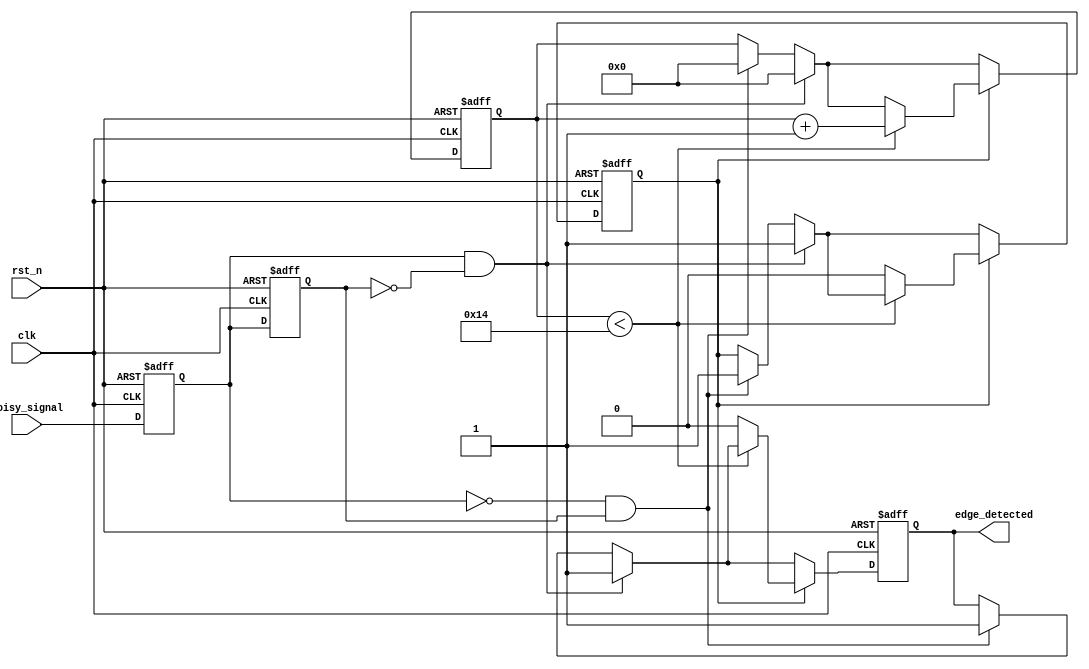
module DebouncedEdgeDetector (
    input wire clk,                // Clock input
    input wire rst_n,              // Active low reset
    input wire noisy_signal,        // Input signal (noisy)
    output reg edge_detected        // Output signal indicating edge detection
);

    // Parameters for debounce timing
    parameter DEBOUNCE_TIME = 20;  // Adjust this value based on your clock frequency

    // State registers
    reg current_state;              // Current state of the input signal
    reg previous_state;             // Previous state of the input signal
    reg [4:0] debounce_counter;     // Counter for debounce timing
    reg debounce_active;            // Flag to indicate if debounce is active

    // Edge detection logic
    always @(posedge clk or negedge rst_n) begin
        if (!rst_n) begin
            current_state <= 1'b0;
            previous_state <= 1'b0;
            edge_detected <= 1'b0;
            debounce_counter <= 0;
            debounce_active <= 1'b0;
        end else begin
            // Sample the current state
            previous_state <= current_state;
            current_state <= noisy_signal;

            // Check for rising edge
            if (current_state && !previous_state) begin
                edge_detected <= 1'b1; // Rising edge detected
                debounce_counter <= 0;  // Reset debounce counter
                debounce_active <= 1'b1; // Start debounce
            end
            // Check for falling edge
            else if (!current_state && previous_state) begin
                edge_detected <= 1'b1; // Falling edge detected
                debounce_counter <= 0;  // Reset debounce counter
                debounce_active <= 1'b1; // Start debounce
            end

            // Debounce logic
            if (debounce_active) begin
                if (debounce_counter < DEBOUNCE_TIME) begin
                    debounce_counter <= debounce_counter + 1;
                end else begin
                    debounce_active <= 1'b0; // End debounce
                    edge_detected <= 1'b0;   // Clear edge detected signal
                end
            end
        end
    end

endmodule